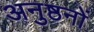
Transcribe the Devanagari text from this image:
अनुष्ठनों